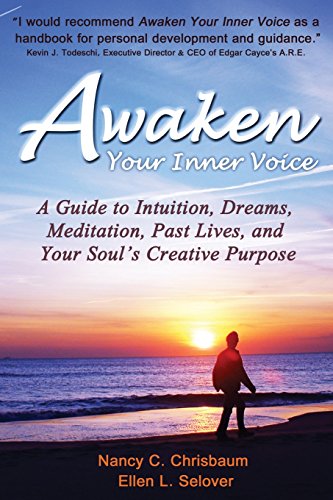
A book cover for Awaken Your Inner Voice: A Guide to Intuition, Dreams, Meditation, Past Lives, and Your Soul's Creative Purpose; Nancy C Chrisbaum; Self-Help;